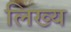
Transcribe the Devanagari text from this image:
लिख्य